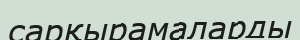
сарқырамаларды